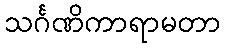
သင်္ဂဏိကာရာမတာ